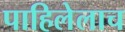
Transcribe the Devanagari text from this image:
पाहिलेलाच